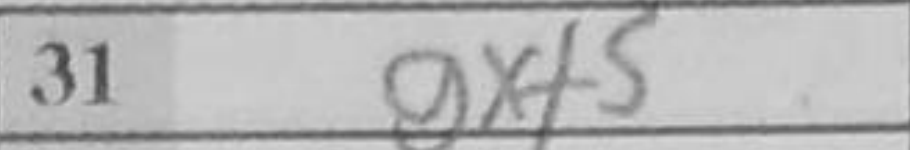
Transcription: gxf5